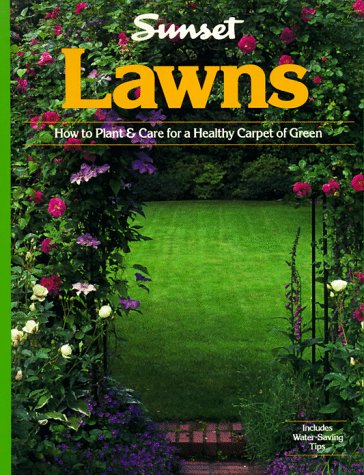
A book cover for Lawns; Sunset Books; Crafts, Hobbies & Home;